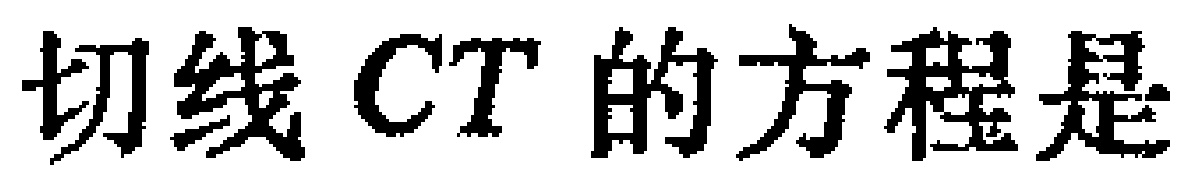
切线 \(CT\) 的方程是